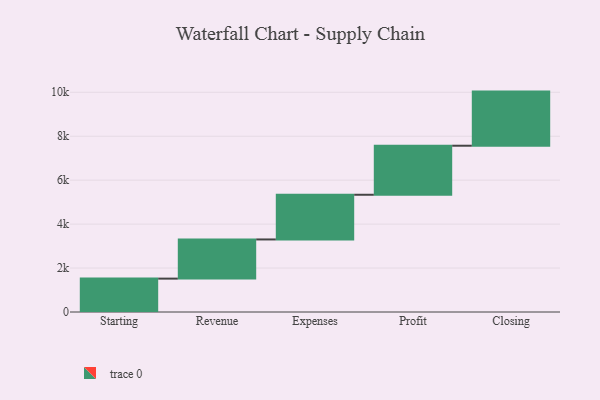
{"axis": {"x": "Step", "y": "Value"}, "legend": [""], "data": [{"x": "Starting", "y": 1519.0, "type": ""}, {"x": "Revenue", "y": 1783.0, "type": ""}, {"x": "Expenses", "y": 2034.0, "type": ""}, {"x": "Profit", "y": 2232.0, "type": ""}, {"x": "Closing", "y": 2463.0, "type": ""}]}